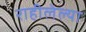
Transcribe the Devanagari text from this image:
राहीलेल्या